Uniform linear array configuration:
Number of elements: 16
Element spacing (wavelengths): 0.75
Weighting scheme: hann
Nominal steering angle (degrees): -45
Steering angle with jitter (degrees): -46.356
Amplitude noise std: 0.05
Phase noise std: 0.05

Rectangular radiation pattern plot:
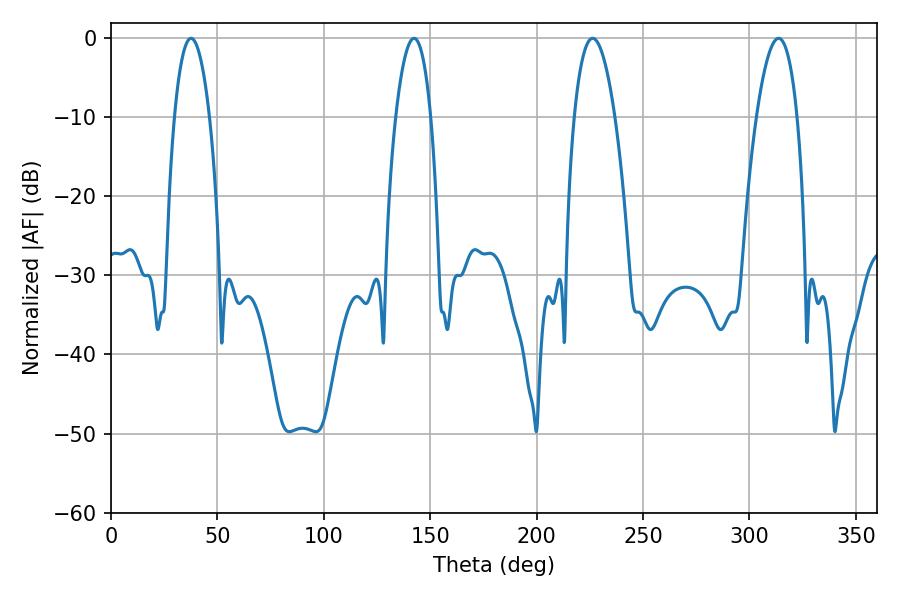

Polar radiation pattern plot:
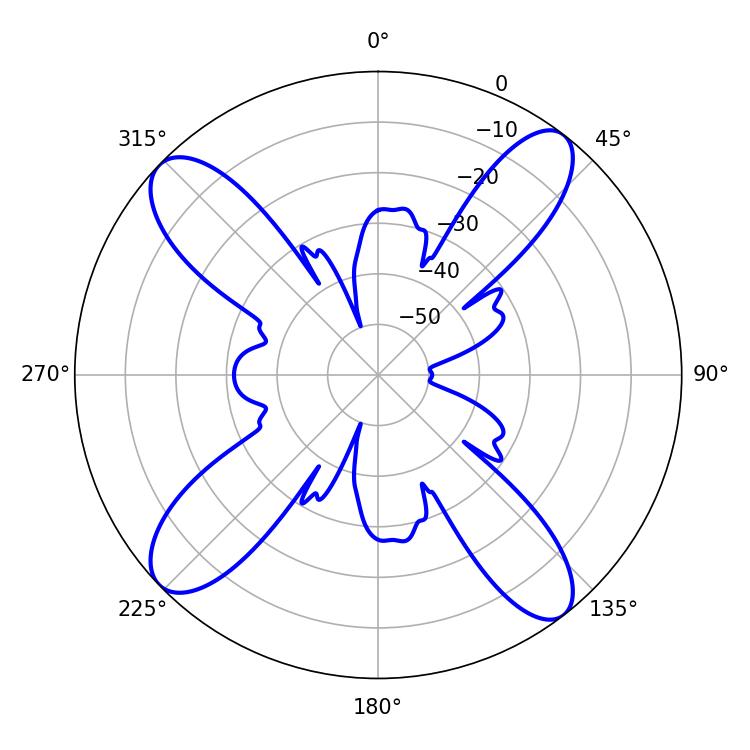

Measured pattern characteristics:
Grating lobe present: TRUE
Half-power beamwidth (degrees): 9.18
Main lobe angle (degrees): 37.62